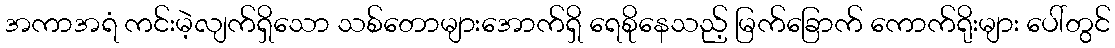
အကာအရံ ကင်းမဲ့လျက်ရှိသော သစ်တောများအောက်ရှိ ရေစိုနေသည့် မြက်ခြောက် ကောက်ရိုးများ ပေါ်တွင်